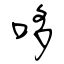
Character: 哆